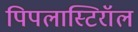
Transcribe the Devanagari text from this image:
पिपलास्टिरॉल